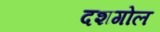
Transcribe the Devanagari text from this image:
दशगोल